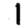
Digit: 1